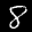
Label: 8